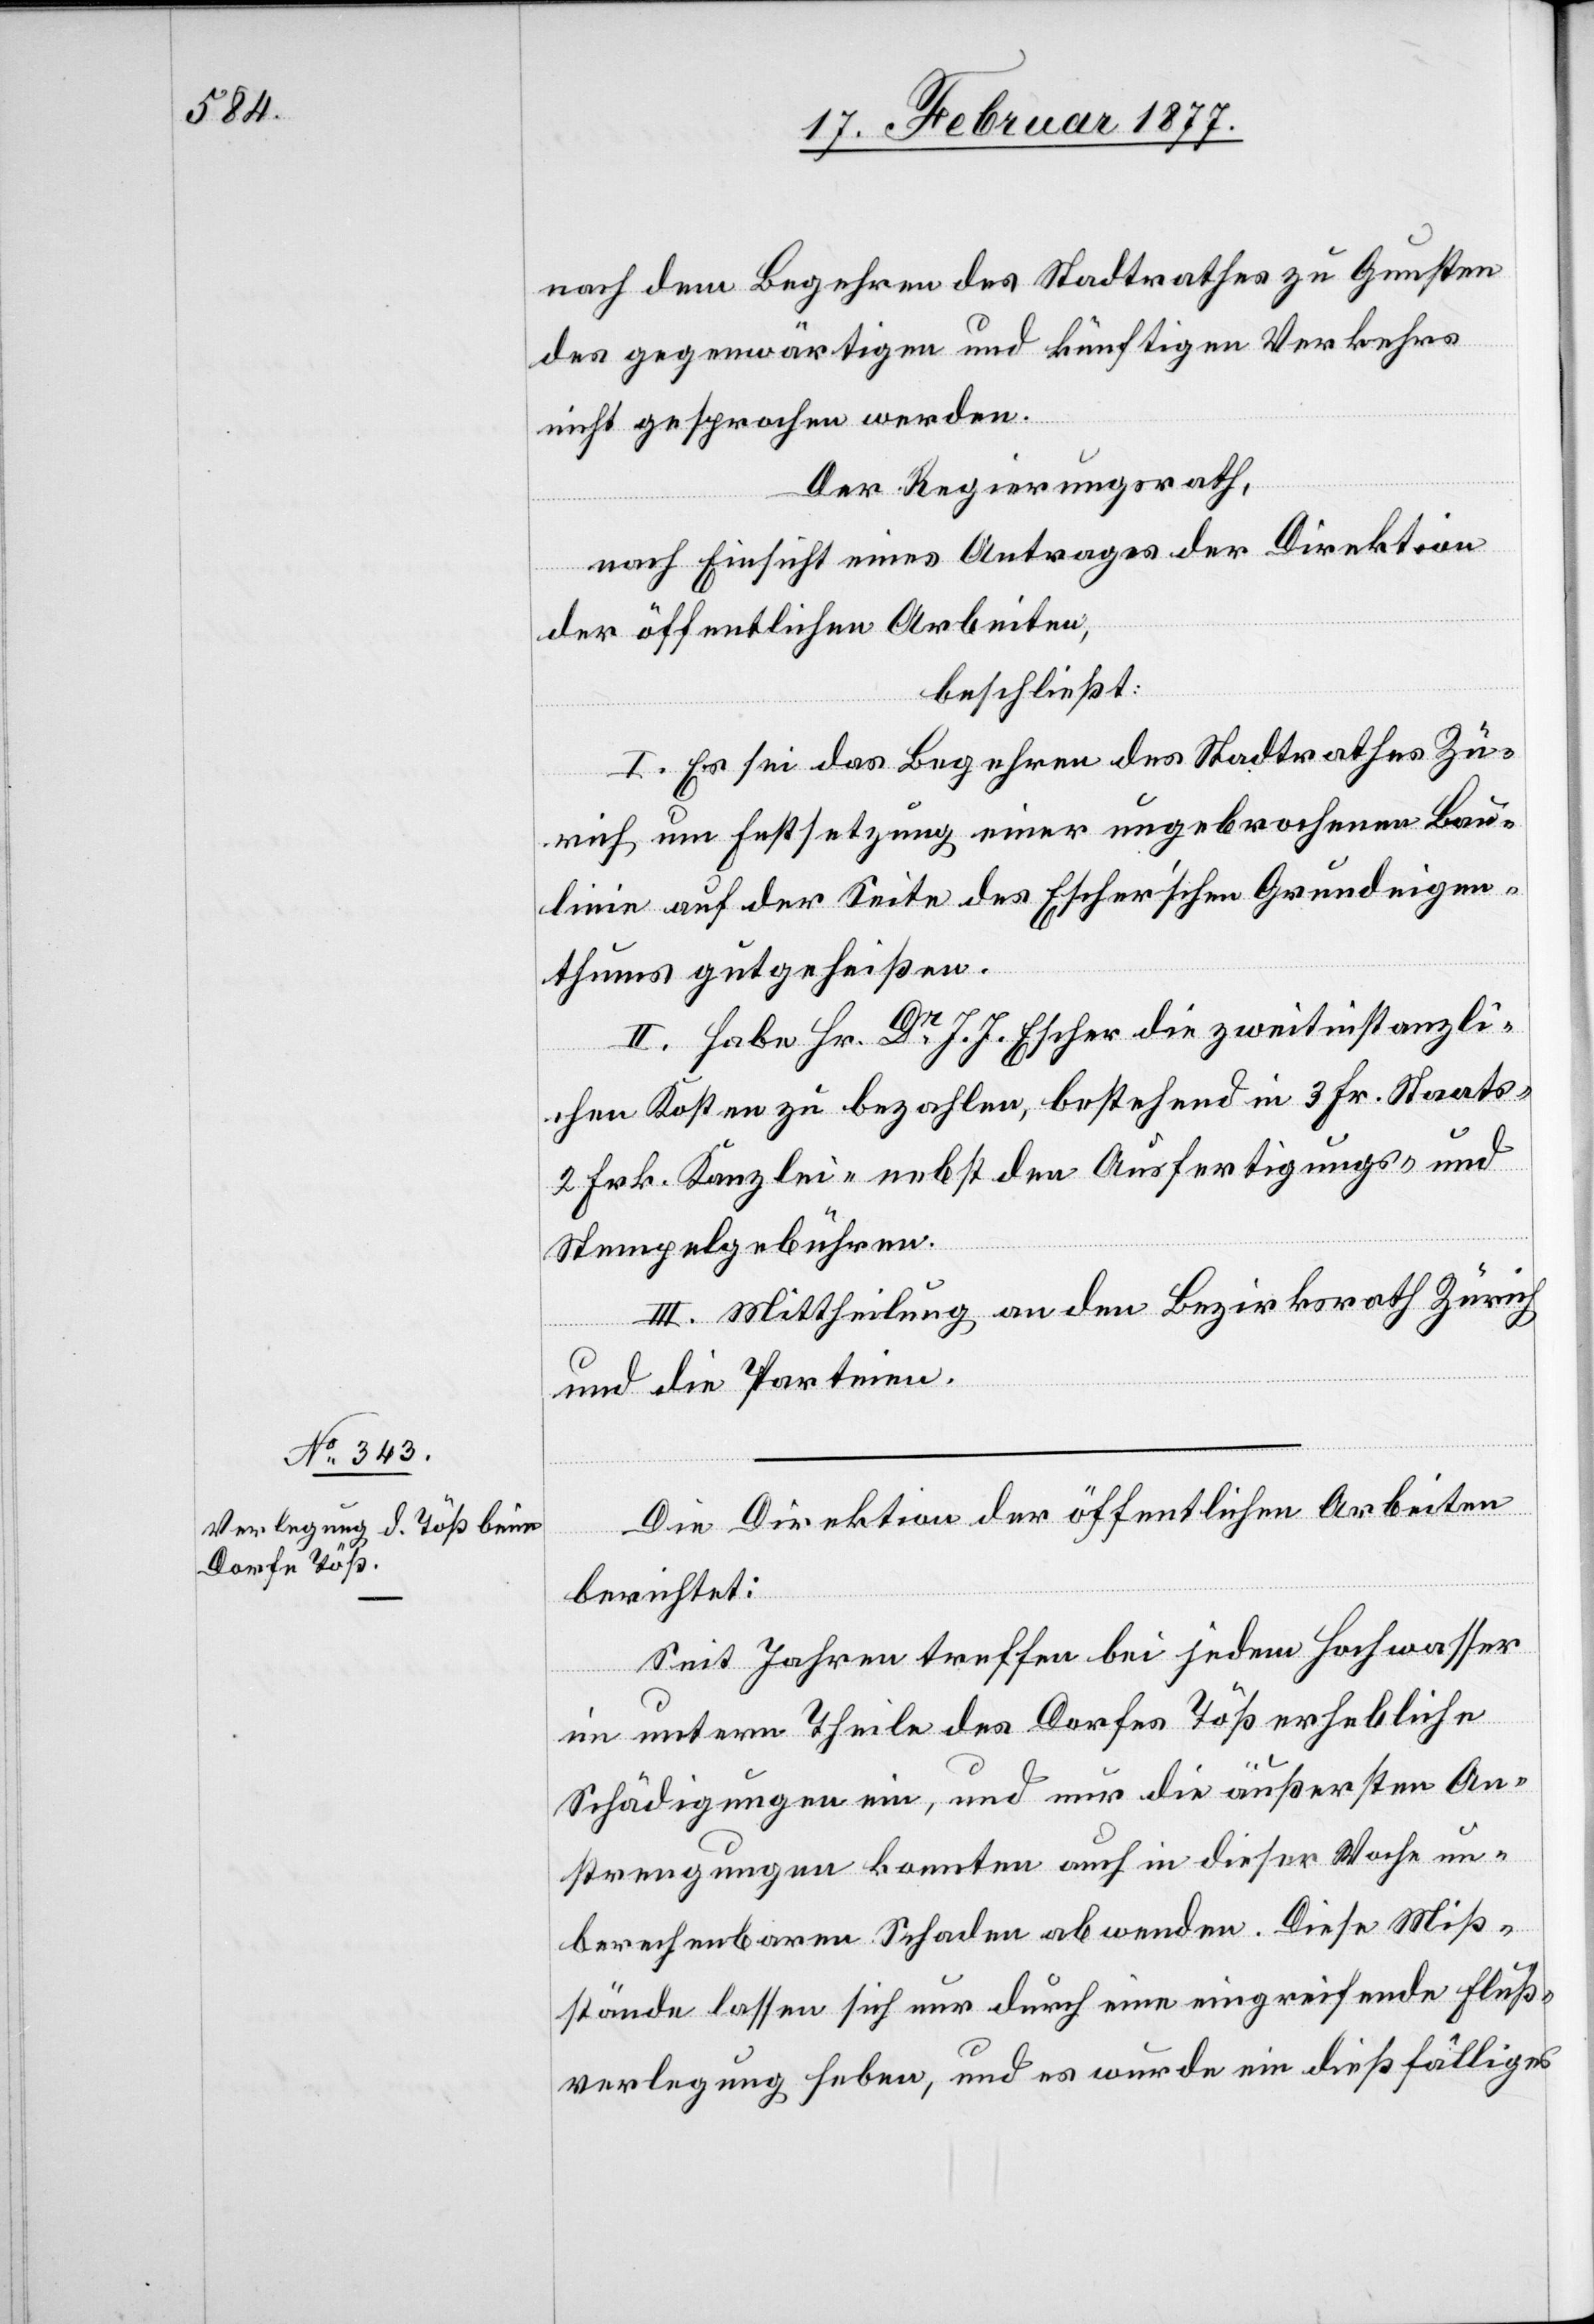
nach dem Begehren des Stadtrathes zu Gunsten
des gegenwärtigen und künftigen Verkehrs
nicht gesprochen werden.
Der Regierungsrath,
nach Einsicht eines Antrages der Direktion
der öffentlichen Arbeiten,
beschließt:
I. Es sei das Begehren des Stadtrathes Zü¬
rich um Festsetzung einer ungebrochenen Bau¬
linie auf der Seite des Escher’schen Grundeigen¬
thums gutgeheißen.
II. Habe Hr. Dr J. J. Escher die zweitinstanzli¬
chen Kosten zu bezahlen, bestehend in 3 Fr. Staats-[,]
2 Frk. Kanzlei- nebst den Ausfertigungs- und
Stempelgebühren.
III. Mittheilung an den Bezirksrath Zürich
und die Parteien.
Die Direktion der öffentlichen Arbeiten
berichtet:
Seit Jahren treffen bei jedem Hochwasser
im unterm [sic!] Theile des Dorfes Töß erhebliche
Schädigungen ein, und nur die äußersten An¬
strengungen konnten auch in dieser Woche un¬
berechenbaren Schaden abwenden. Diese Miß¬
stände lassen sich nur durch eine eingreifende Fluß¬
verlegung heben, und es wurde ein dießfälliges